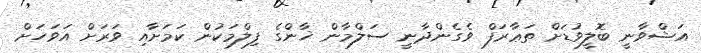
އަޝްވާނީ ބޮލީވުޑަށް ތަޢާރަފް ވެގެންދާނީ ސަލްމާން ޚާންގެ ފިލްމަކުން ކަމަށާއި ވަރަށް އަވަހަށް